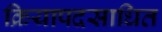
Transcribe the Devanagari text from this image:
क्रियापदसाधित